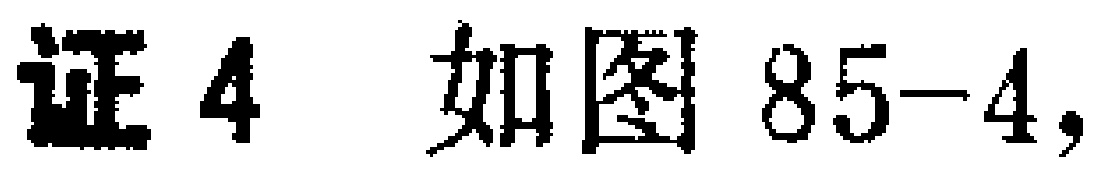
证4 如图85-4,